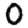
Digit: 0